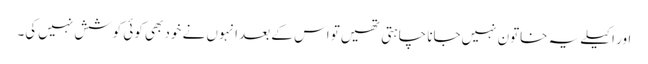
اور اکیلے یہ خاتون نہیں‌جانا چاہتی تھیں‌تو اس کے بعد انہوں نے خود بھی کوئی کوشش نہیں‌کی۔